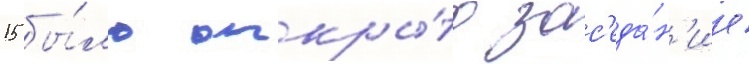
15 бы́ло откры́то зас'еда́н'ие